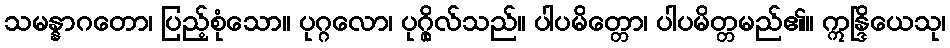
သမန္နာဂတော၊ ပြည့်စုံသော။ ပုဂ္ဂလော၊ ပုဂ္ဂိုလ်သည်။ ပါပမိတ္တော၊ ပါပမိတ္တမည်၏။ ဣန္ဒြိယေသု၊